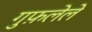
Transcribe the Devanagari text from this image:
गुफ़लेले